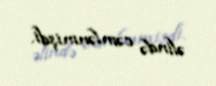
əlində cəmlənmişdi.